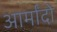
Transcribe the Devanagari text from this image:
आर्मांदो